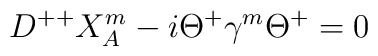
D^{++}X^{m}_{A}-i\Theta^{+}\gamma^{m}\Theta^{+}=0